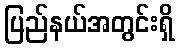
ပြည်နယ်အတွင်းရှိ